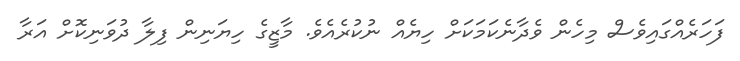
ފަހަރެއްގައިވެސް މިހެން ވެދާނެކަމަކަށް ހިޔެއް ނުކުރެއެވެ. މާޒީގެ ހިޔަނިން ފިލާ ދުވަނިކޮށް އަރާ